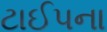
ટાઈપના